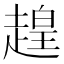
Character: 䞹